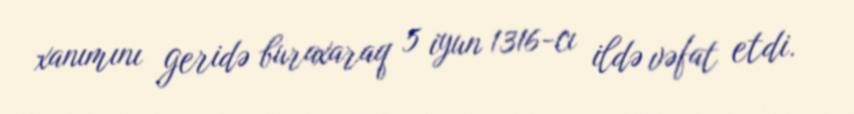
xanımını geridə buraxaraq 5 iyun 1316-cı ildə vəfat etdi.